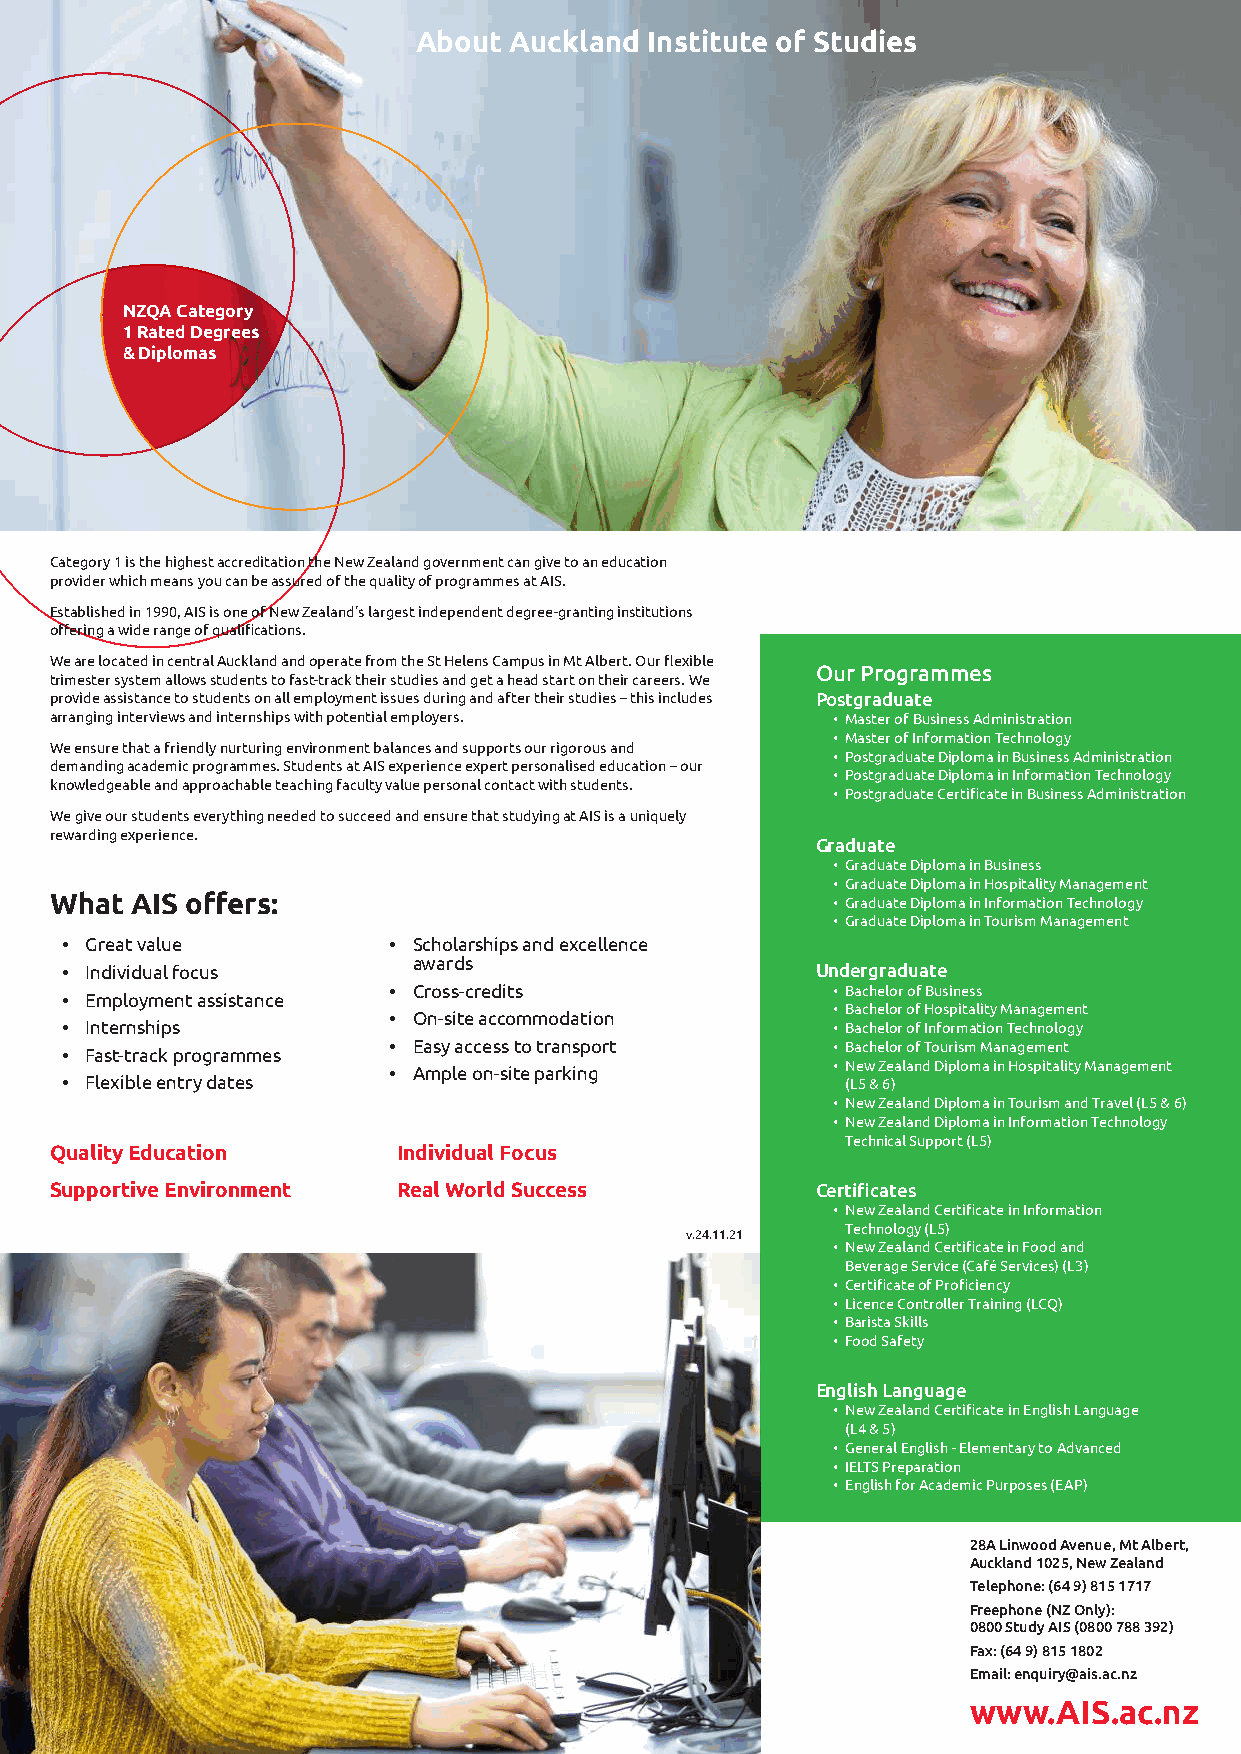
About Auckland Institute of Studies
 NZQA Category
 1 Rated Degrees
 & Diplomas
 Category 1 is the highest accreditation the New Zealand government can give to an education
 provider which means you can be assured of the quality of programmes at AIS.
 Established in 1990, AIS is one of New Zealand’s largest independent degree-granting institutions
 offering a wide range of qualifications.
 We are located in central Auckland and operate from the St Helens Campus in Mt Albert. Our flexible
 Our Programmes
 trimester system allows students to fast-track their studies and get a head start on their careers. We
 provide assistance to students on all employment issues during and after their studies – this includes Postgraduate
 arranging interviews and internships with potential employers. • Master of Business Administration
 • Master of Information Technology
 We ensure that a friendly nurturing environment balances and supports our rigorous and
 • Postgraduate Diploma in Business Administration
 demanding academic programmes. Students at AIS experience expert personalised education – our
 • Postgraduate Diploma in Information Technology
 knowledgeable and approachable teaching faculty value personal contact with students.
 • Postgraduate Certificate in Business Administration
 We give our students everything needed to succeed and ensure that studying at AIS is a uniquely
 rewarding experience.
 Graduate
 • Graduate Diploma in Business
 • Graduate Diploma in Hospitality Management
 What  AIS offers:                                   • Graduate Diploma in Information Technology
 • Graduate Diploma in Tourism Management
 • Great value         • Scholarships and excellence
 awards
 • Individual focus                                Undergraduate
 • Cross-credits              • Bachelor of Business
 • Employment assistance
 • Bachelor of Hospitality Management
 • On-site accommodation
 • Internships                                      • Bachelor of Information Technology
 • Easy access to transport   • Bachelor of Tourism Management
 • Fast-track programmes
 • New Zealand Diploma in Hospitality Management
 • Ample on-site parking
 • Flexible entry dates                              (L5 & 6)
 • New Zealand Diploma in Tourism and Travel (L5 & 6)
 • New Zealand Diploma in Information Technology
 Technical Support (L5)
 Quality Education      Individual Focus
 Supportive Environment Real World Success          Certificates
 • New Zealand Certificate in Information
 Technology (L5)
 v.24.11.21
 • New Zealand Certificate in Food and
 Beverage Service (Café Services) (L3)
 • Certificate of Proficiency
 • Licence Controller Training (LCQ)
 • Barista Skills
 • Food Safety
 English Language
 • New Zealand Certificate in English Language
 (L4 & 5)
 • General English - Elementary to Advanced
 • IELTS Preparation
 • English for Academic Purposes (EAP)
 28A Linwood Avenue, Mt Albert,
 Auckland 1025, New Zealand
 Telephone: (64 9) 815 1717
 Freephone (NZ Only):
 0800 Study AIS (0800 788 392)
 Fax: (64 9) 815 1802
 Email: enquiry@ais.ac.nz
 www.AIS.ac.nz